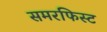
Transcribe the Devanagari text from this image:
समरफिस्ट